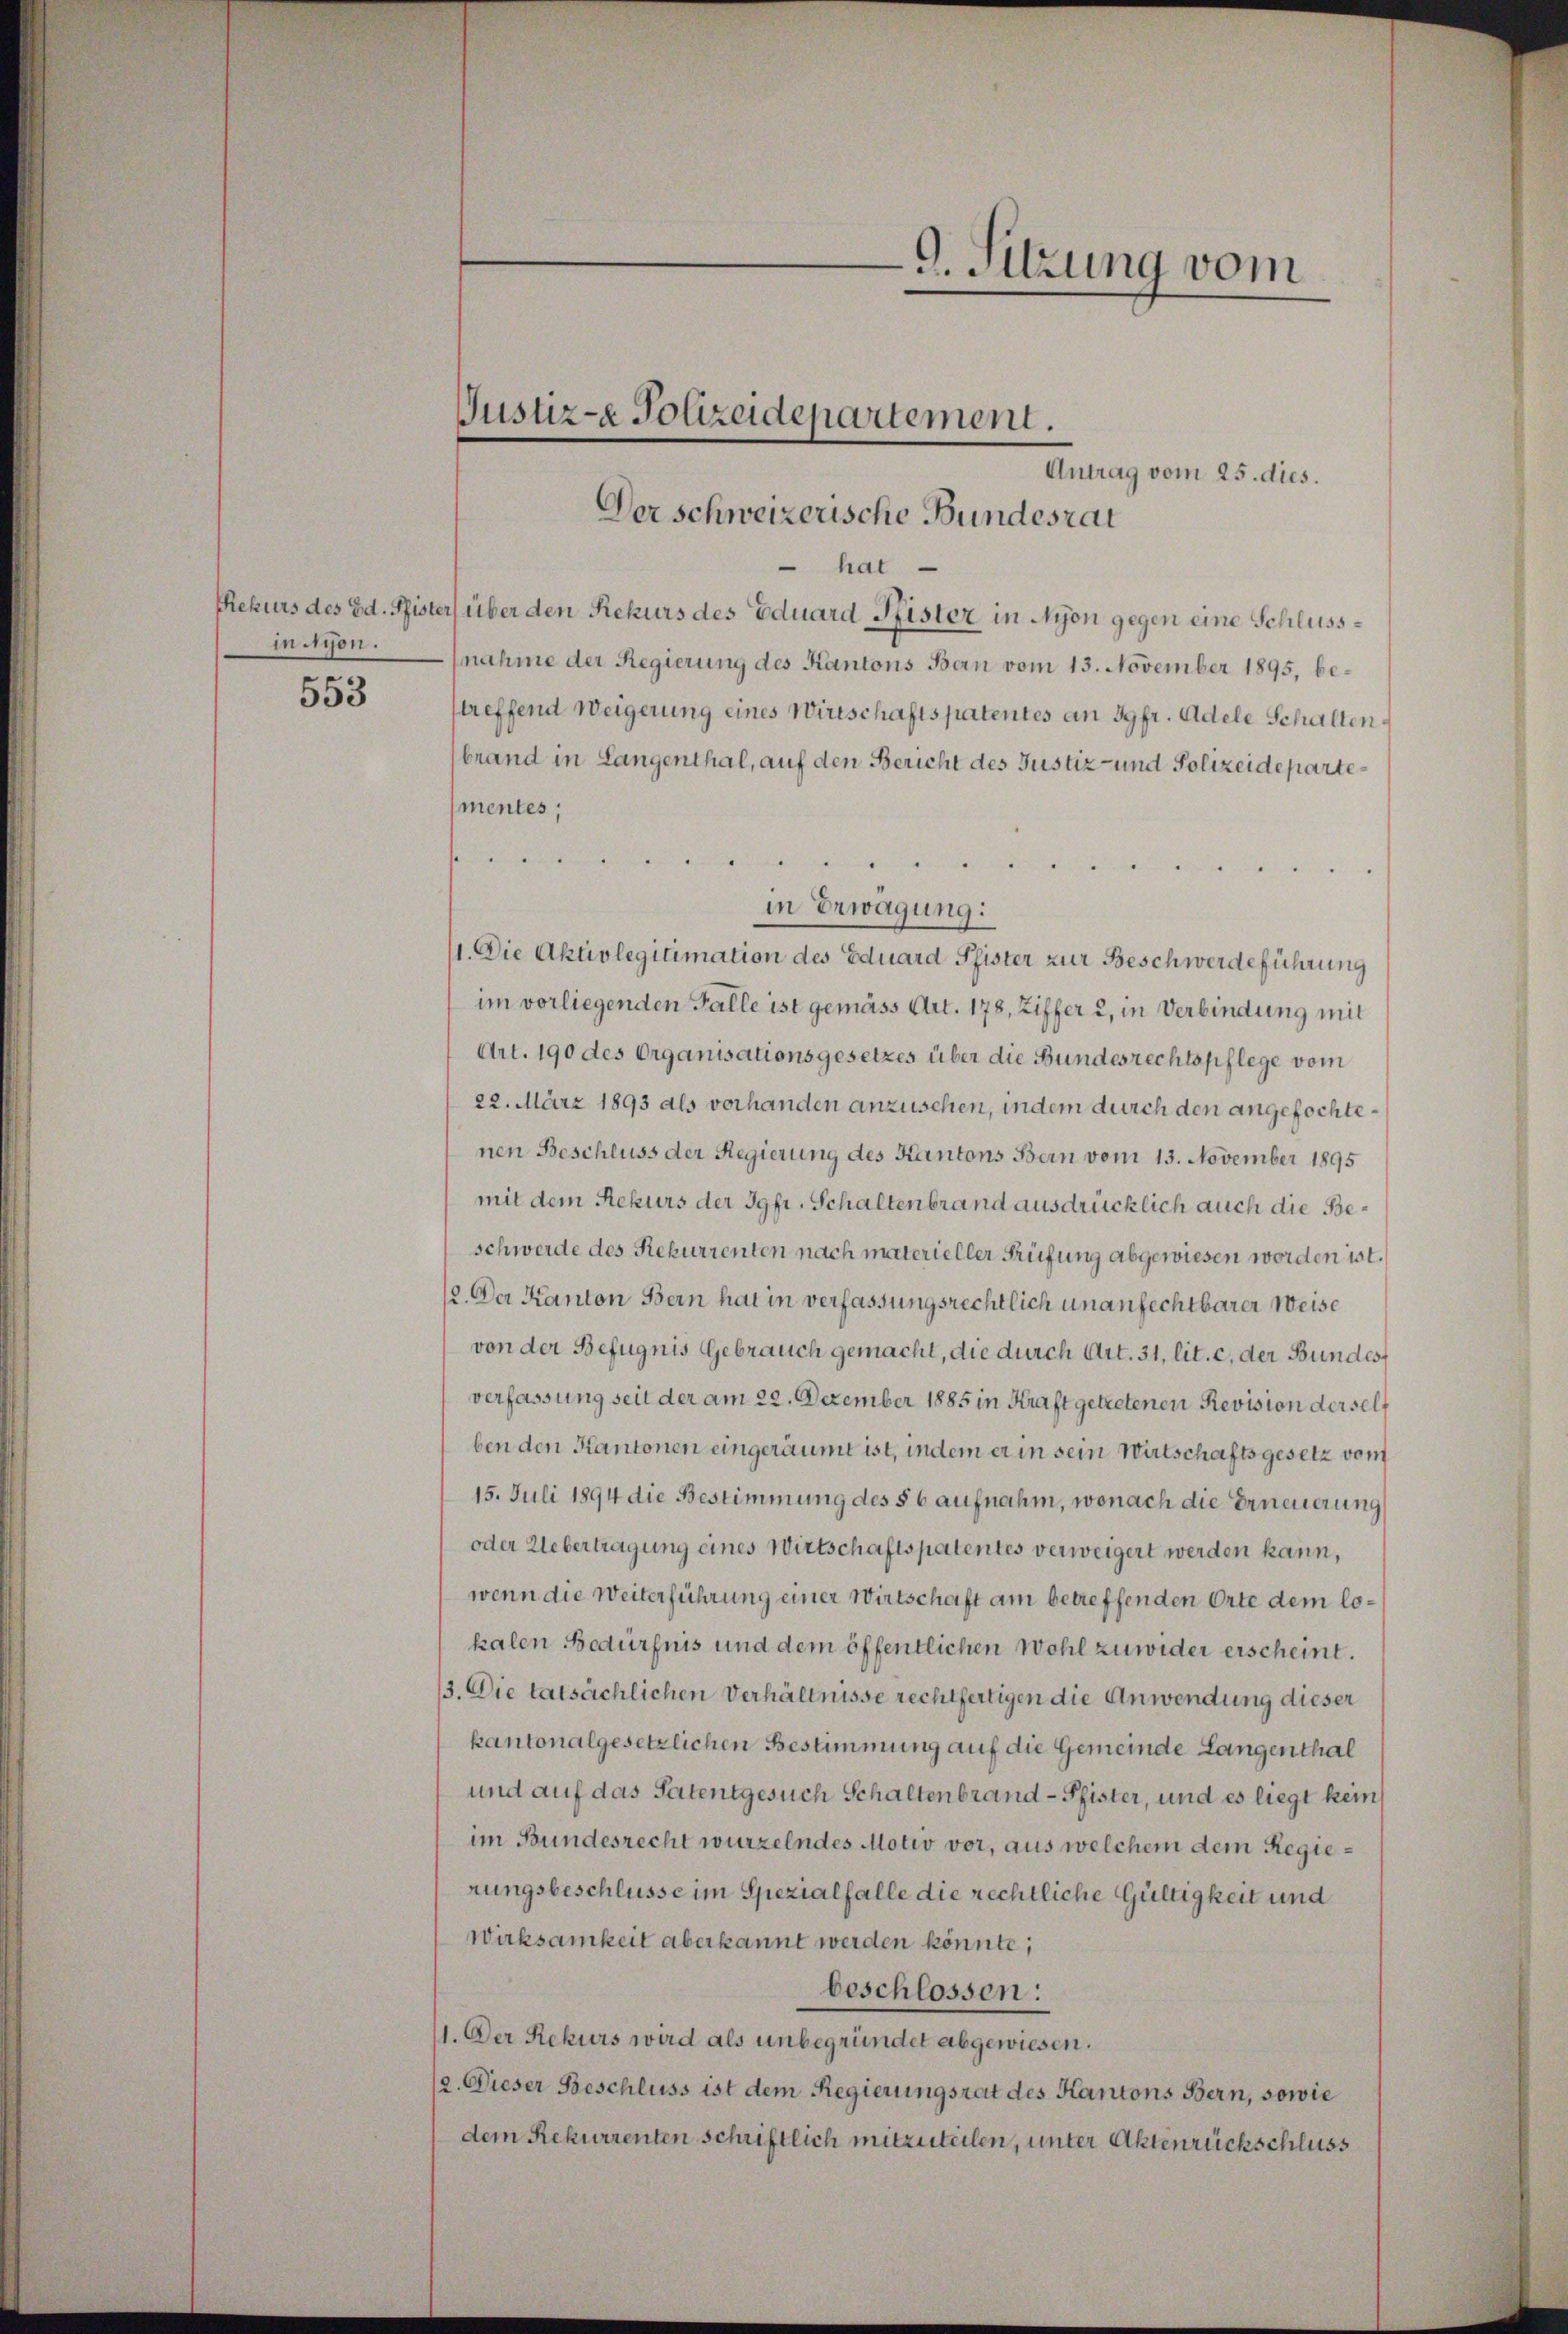
mnitzen.

553

Justiz- Polizeidepartement.

9. Sitzung vom

Antrag vom 25. dies.
Der schweizerische Bundesrat
 hat
Rekurs des Ed. Pfister über den Rekurs des Eduard Pfister in Nyon gegen eine Schlussnahme der Regierung des Kantons Bern vom 13. November 1895, bestreffend Weigerung eines Wirtschaftspatentes an Jgfr. Adele Schalten,
brand in Langenthal, auf den Bericht des Justiz- und Polizeidepartementes;
henen angen
u
in Erwägung:
11. Die Aktivlegitimation des Eduard Pfister zur Beschwerdeführung
im vorliegenden Falle ist gemäss Art. 178, Ziffer 2, in Verbindung mit
Art. 190 des Organisationsgesetzes über die Bundesrechtspflege vom
22. März 1893 als vorhanden anzusehen, indem durch den angefochtenen Beschluss der Regierung des Kantons Bern vom 13. November 1895
mit dem Rekurs der Jgfr. Schaltenbrand ausdrücklich auch die Beschwerde des Rekurrenten nach materieller Prüfung abgewiesen worden ist.
12. Der Kanton Bern hat in verfassungsrechtlich unanfechtbarer Weise
von der Befugnis Gebrauch gemacht, die durch Art. 31, lit. c, der Bundes
verfassung seit der am 22. Dezember 1885 in Kraft getretenen Revision derselb
ben den Kantonen eingeräumt ist, indem er in sein Wirtschaftsgesetz vom
15. Juli 1894 die Bestimmung des § 6 aufnahm, wonach die Erneuerung
oder Uebertragung eines Wirtschaftspatentes verweigert werden kann,
wenn die Weiterführung einer Wirtschaft am betreffenden Orte dem lokalen Bedürfnis und dem öffentlichen Wohl zuwider erscheint.
13. Die tatsächlichen Verhältnisse rechtfertigen die Anwendung dieser
kantonalgesetzlichen Bestimmung auf die Gemeinde Langenthal
und auf das Patentgesuch Schaltenbrand - Pfister, und es liegt kein
im Bundesrecht wurzelndes Motiv vor, aus welchem dem Regierungsbeschlüsse im Spezialfalle die rechtliche Gültigkeit und
Wirksamkeit aberkannt werden könnte;
beschlossen:
11. Der Rekurs wird als unbegründet abgewiesen.
(2. Dieser Beschluss ist dem Regierungsrat des Kantons Bern, sowie
dem Rekurrenten schriftlich mitzuteilen, unter Aktenrückschluss